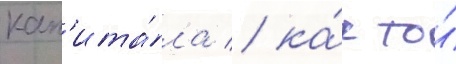
кап'ита́ла / ка́к то́